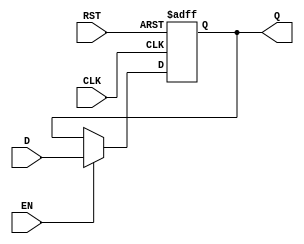
module Input_Register #(
    parameter WIDTH = 8 // Parameter to set the width of the register
)(
    input  wire [WIDTH-1:0] D,      // Data input
    input  wire CLK,                  // Clock input
    input  wire RST,                  // Reset input
    input  wire EN,                   // Enable input
    output reg  [WIDTH-1:0] Q         // Data output
);

// Synchronous or Asynchronous reset
// Uncomment one of the following sections based on desired reset behavior

// Asynchronous reset
always @(posedge CLK or posedge RST) begin
    if (RST) begin
        Q <= {WIDTH{1'b0}}; // Set output to zero
    end else if (EN) begin
        Q <= D; // Update output with input data
    end
end

/*
  Uncomment the following section for synchronous reset if desired

always @(posedge CLK) begin
    if (RST) begin
        Q <= {WIDTH{1'b0}}; // Set output to zero
    end else if (EN) begin
        Q <= D; // Update output with input data
    end
end
*/

endmodule